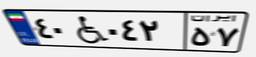
۴۰W۰۴۲۵۷